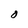
Character: O